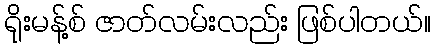
ရိုးမန့်စ် ဇာတ်လမ်းလည်း ဖြစ်ပါတယ်။